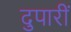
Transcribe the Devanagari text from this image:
दुपारीं